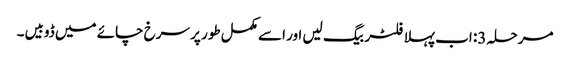
مرحلہ 3: اب پہلا فلٹر بیگ لیں اور اسے مکمل طور پر سرخ چائے میں ڈوبیں۔